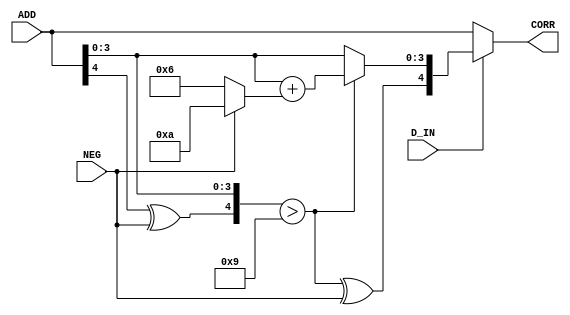
module ag6502_decimal(ADD, D_IN, NEG, CORR);
	input wire[4:0] ADD;
	input wire D_IN, NEG;
	output wire[4:0] CORR;
	wire C9 = {ADD[4]^NEG, ADD[3:0]} > 5'd9;
	assign CORR = D_IN?{C9^NEG, C9?ADD[3:0] + (NEG?4'd10:4'd6): ADD[3:0]}: ADD;
endmodule